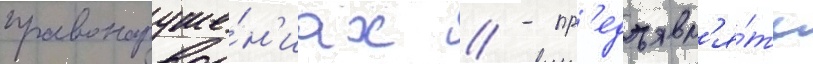
правонаруше́н'иах // - пр'едъявл'я́ть